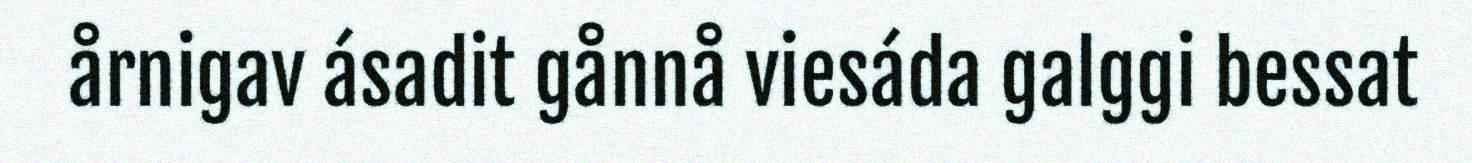
årnigav ásadit gånnå viesáda galggi bessat